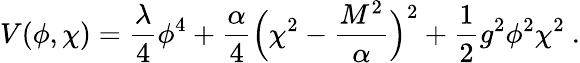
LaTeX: V(\phi,\chi)={\frac{\lambda}{4}}\phi^{4}+{\frac{\alpha}{4}}\Bigl(\chi^{2}-{\frac{M^{2}}{\alpha}}\Bigr)^{2}+{\frac{1}{2}}g^{2}\phi^{2}\chi^{2}\ .